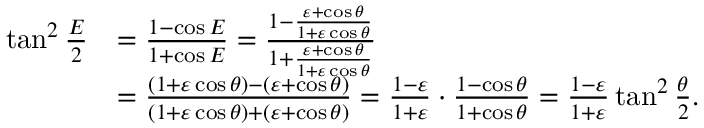
{ \begin{array} { r l } { \tan ^ { 2 } { \frac { E } { 2 } } } & { = { \frac { 1 - \cos E } { 1 + \cos E } } = { \frac { 1 - { \frac { \varepsilon + \cos \theta } { 1 + \varepsilon \cos \theta } } } { 1 + { \frac { \varepsilon + \cos \theta } { 1 + \varepsilon \cos \theta } } } } } \\ & { = { \frac { ( 1 + \varepsilon \cos \theta ) - ( \varepsilon + \cos \theta ) } { ( 1 + \varepsilon \cos \theta ) + ( \varepsilon + \cos \theta ) } } = { \frac { 1 - \varepsilon } { 1 + \varepsilon } } \cdot { \frac { 1 - \cos \theta } { 1 + \cos \theta } } = { \frac { 1 - \varepsilon } { 1 + \varepsilon } } \tan ^ { 2 } { \frac { \theta } { 2 } } . } \end{array} }